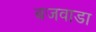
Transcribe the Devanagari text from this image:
बजवाडा